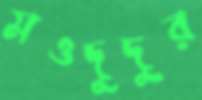
মওদুদুর